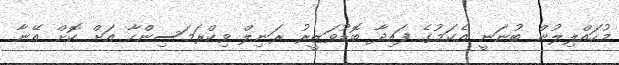
މުހައްލިލުން ބުނަނީ އެކަމުގެ ފައިދާ ބޮޑުވަޒީރު ރަނިލް ވިކްރަމަސިންހާ އަށް ކޮށް އޭނާ